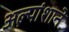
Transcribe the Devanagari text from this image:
अल्पांशाने